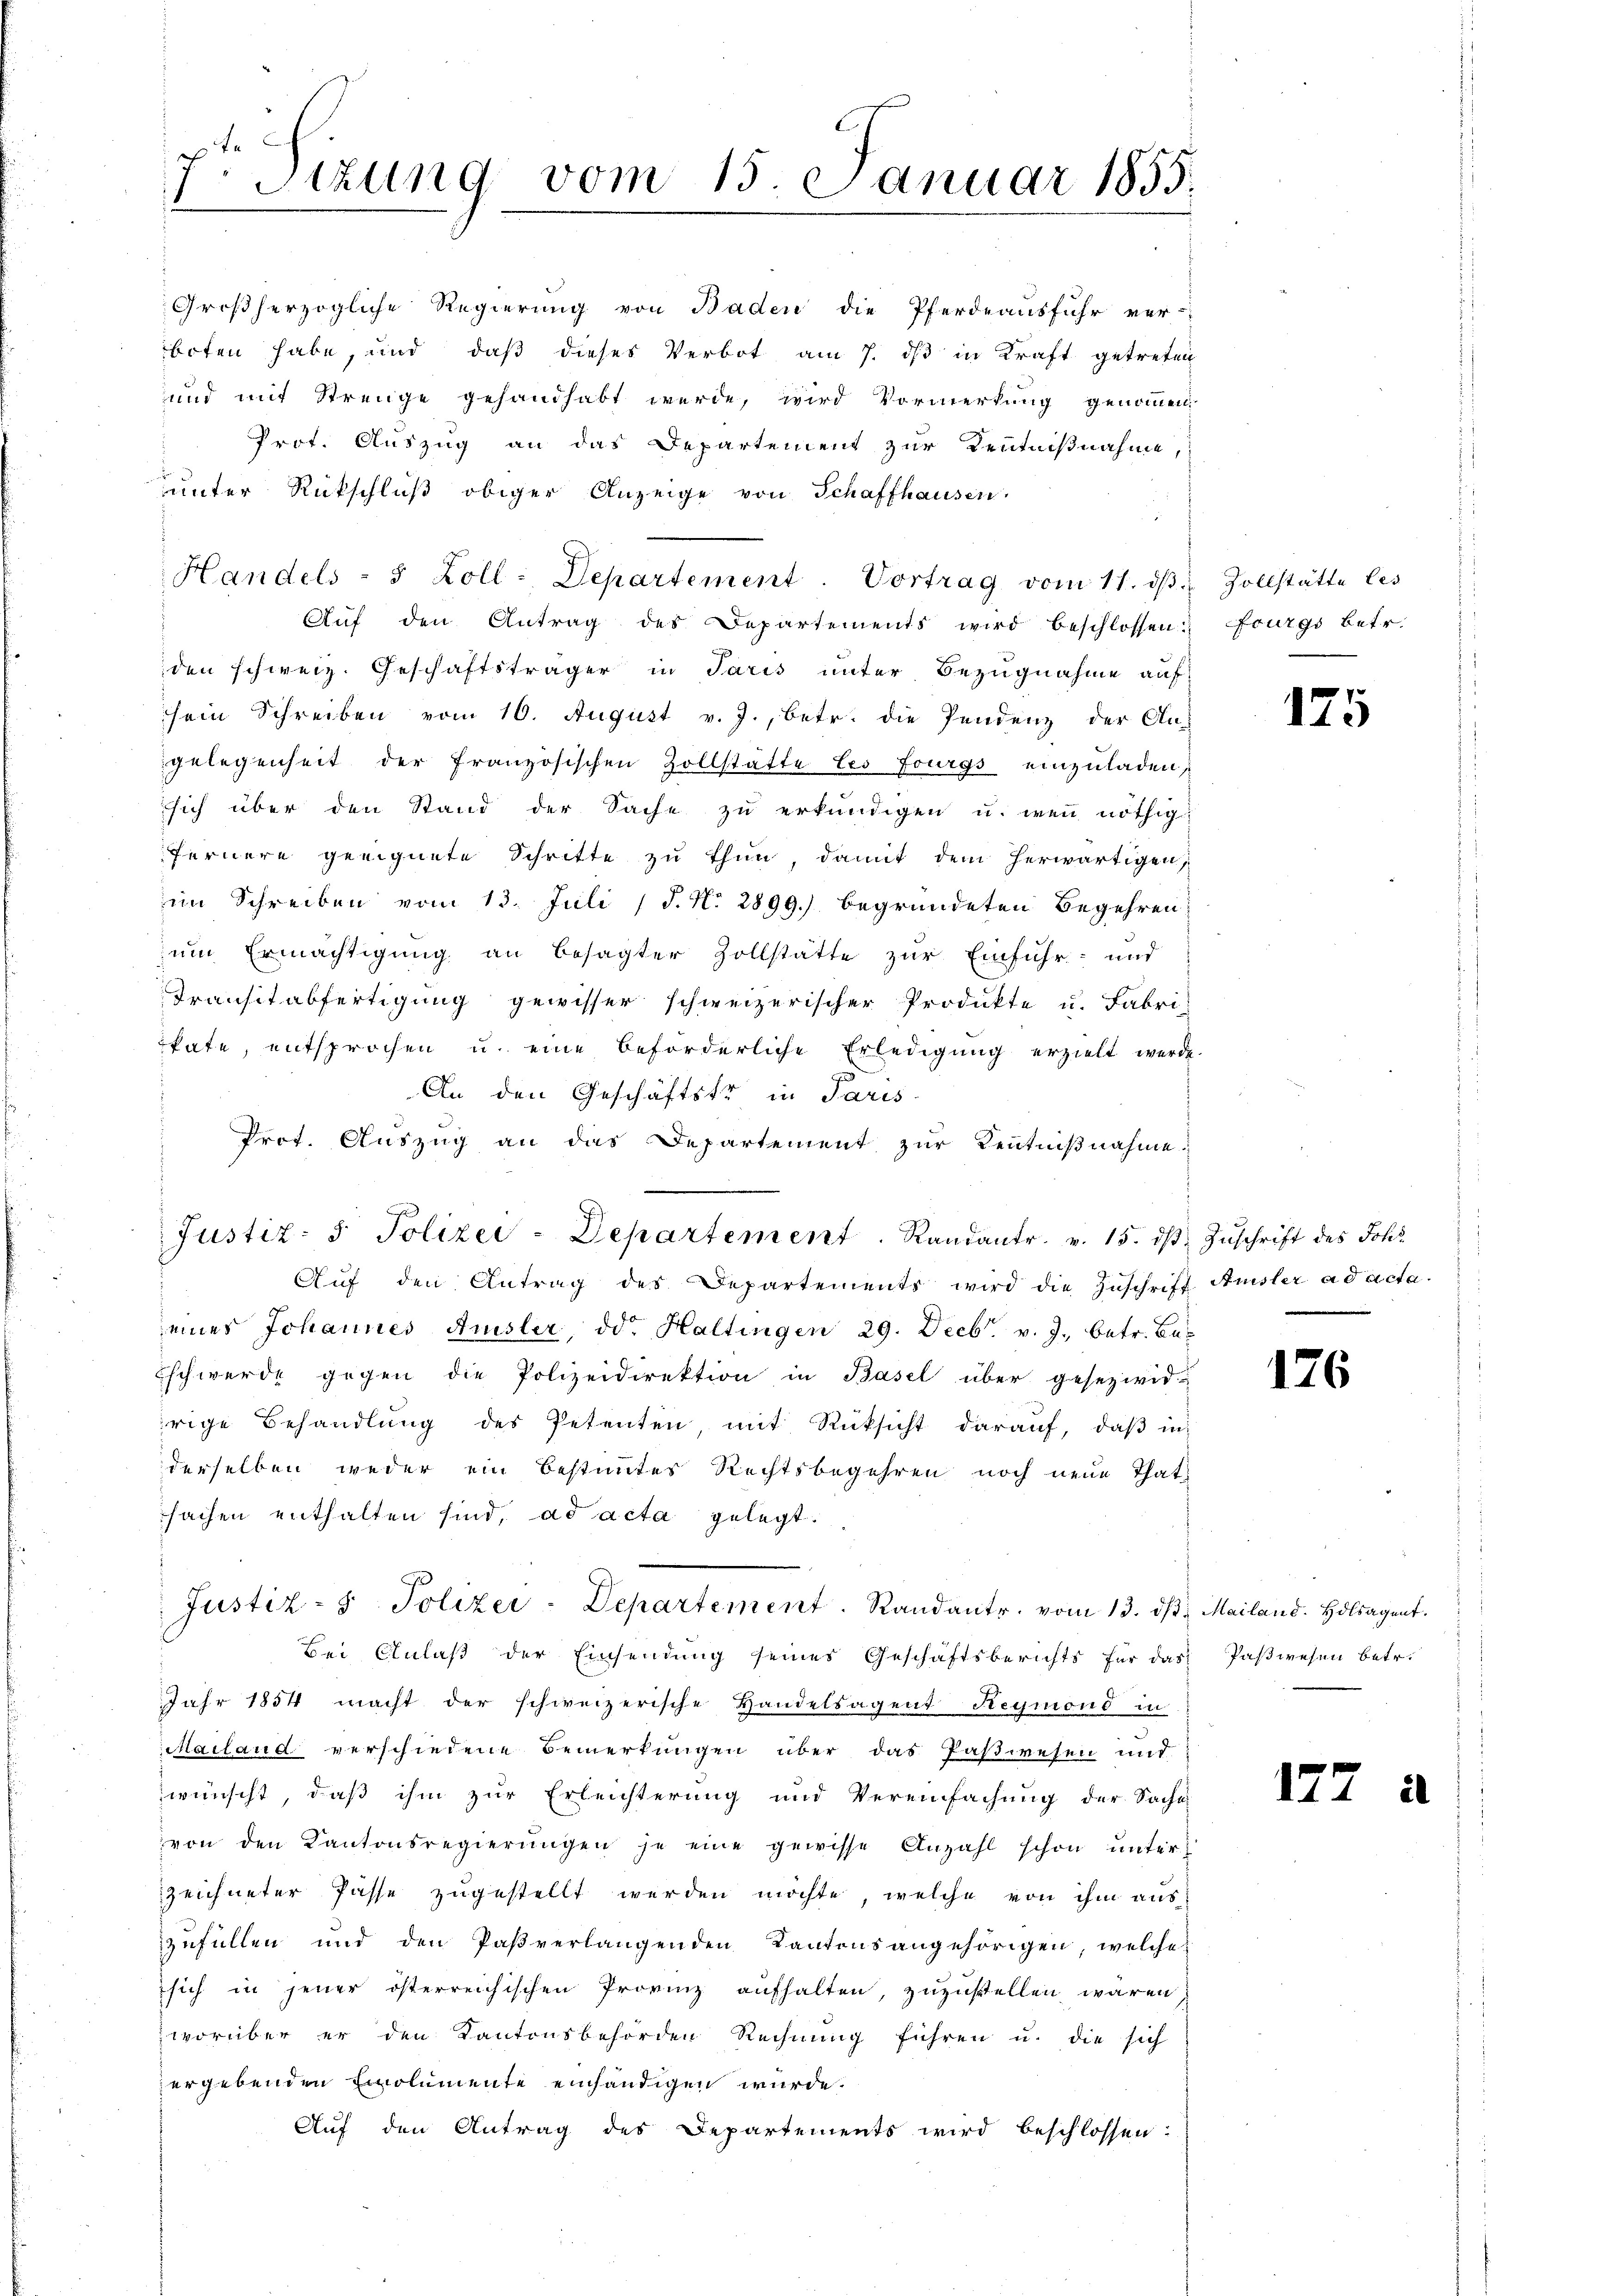
Sizung vom 15. Januar 1855.
1

unter Rückschluß obiger Anzeige von Schaffhausen.
Aŭf den Antrag des Departements wird beschlossen: Fourgs betr.
den schweiz. Geschäftsträger in Paris unter Bezugnahme auf
sein Schreiben vom 10. August v. J., betr. die Pendenz der An-
gelegenheit der französischen Zollstätte les Fourgs einzuladen,
sich über den Stand der Sache zu erkundigen u. wenn nöthig
fernere geeignete Schritte zu thun, damit dem herwärtigen,
im Schreiben vom 13. Juli (§. N. 2899.) begründeten Begehren
zum Ermächtigung an besagter Zollstätte zur Einfuhr- und
Transitabfertigung gewisser schweizerischer Produkte u. Fabri-
kate, entsprochen u. eine beförderliche Erledigŭng erzielt werde
An den Geschäftstr in Paris
Prot. Auszug an das Departement zur Kenntnißnahme.
Aŭf den Antrag des Departements wird die Zŭschrift Ausler ad acta
eines Johannes Amsler, od. Haltingen 29. Decbr. v. J., betr. Bas
Eschwerde gegen die Polizeidirektion in Basel über gesezwid-
rige Behandlŭng des Petenten mit Rüksicht darauf, daβ in
derselben weder ein bestimmtes Rechtsbegehren noch neue That
sachen enthalten sind, ad acta gelegt.
Justiz- & Polizei-Departement. Randantr. vom 13. ds. Mailand. Holsagent.
Bei Anlaß der Einsendung seines Geschäftsberichts für das Paßwesen betr.
Jahr 1854 macht der schweizerische Handelsagent Reymond in
Mailand verschiedene Bemerkungen über das Paßwesen und
zwünscht, daß ihm zur Erleichterung und Vereinfachung der Sache
von den Kantonsregierŭngen je eine gewisse Anzahl schon unter
zeichneter Pässe zugestellt werden möchte, welche von ihm aus
zufüllen und den Paßverlangenden Kantonsangehörigen, welche
sich in jener österreichischen Provinz aufhalten, zuzustellen wären
worüber er den Kantonsbehörden Rechnung führen u. die sich
ergebenden Emolumente einhändigen würde.
Auf den Antrag des Departements wird beschlossen:

Großherzogliche Regierung von Baden die Pferdeausfuhr ver-
boten habe, und daß dieses Verbot am 7. ds in Kraft getreten
und mit Strenge gehandhabt werde, wird Vormerkung genommen
Prot. Auszug an das Departement zur Kenntnißnahme,

Handels - 5 Zoll: Departement. Vortrag vom 11. dβ. Zollstätte les

Justiz- & Polizei-Departement. Randantr. v. 15. dβ Zŭschrift des Johs

175

176

17.